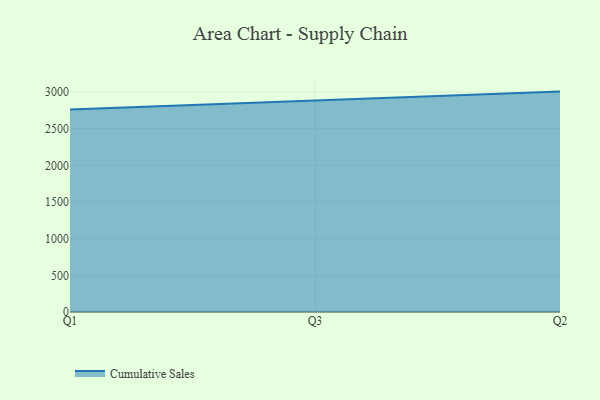
{"axis": {"x": "Quarter", "y": "Satisfaction Score"}, "legend": ["Cumulative Sales"], "data": [{"x": "Q1", "y": 2761.5, "type": "Cumulative Sales"}, {"x": "Q3", "y": 2883.0, "type": "Cumulative Sales"}, {"x": "Q2", "y": 3006.5, "type": "Cumulative Sales"}]}